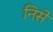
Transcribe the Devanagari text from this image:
निसे